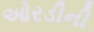
ઓરડીની